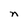
Character: n